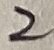
Text: 2